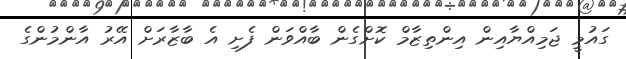
ގައުމީ ޖަމިއްޔާއިން އިންތިޒާމް ކޮށްގެން ބާއްވަން ފެށި އެ ބާޒާރަށް އޭރު އާންމުންގެ